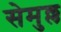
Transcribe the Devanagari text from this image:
सेमुल्ल